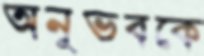
অনুভবকে